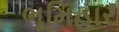
ભૂમિહાર